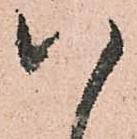
八